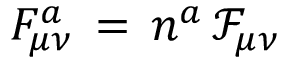
F _ { \mu \nu } ^ { a } \, = \, n ^ { a } \, \mathcal { F } _ { \mu \nu }